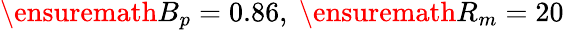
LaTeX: \ensuremath{B_{p}}=0.86,~\ensuremath{R_{m}}=20